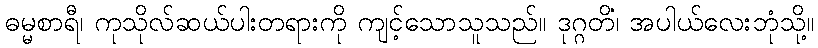
ဓမ္မစာရီ၊ ကုသိုလ်ဆယ်ပါးတရားကို ကျင့်သောသူသည်။ ဒုဂ္ဂတိံ၊ အပါယ်လေးဘုံသို့။